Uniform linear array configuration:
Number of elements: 48
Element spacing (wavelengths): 0.25
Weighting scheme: kaiser
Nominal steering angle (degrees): -60
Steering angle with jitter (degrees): -59.794
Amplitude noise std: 0.05
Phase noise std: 0.05

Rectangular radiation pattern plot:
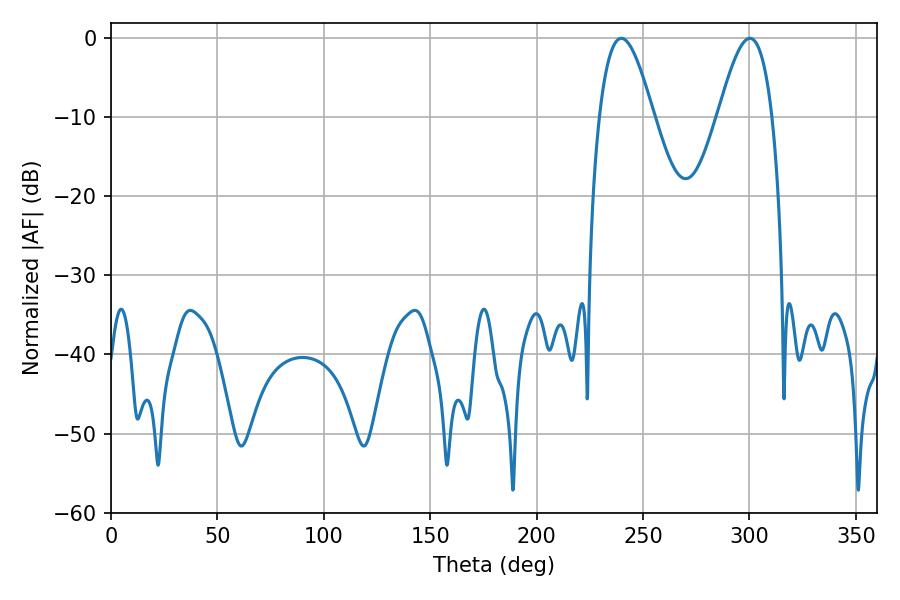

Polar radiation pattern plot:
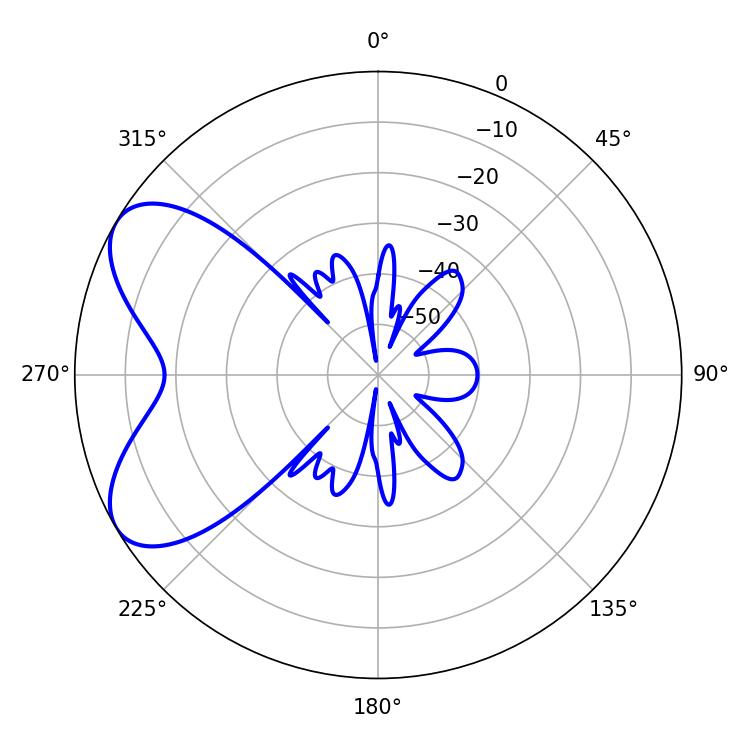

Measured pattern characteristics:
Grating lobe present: FALSE
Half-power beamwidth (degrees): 13.86
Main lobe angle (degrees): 239.76